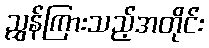
ညွှန်ကြားသည့်အတိုင်း